画像に写った文字を読んでください
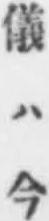
「儀ハ今」と書いてあります